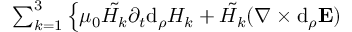
\begin{array} { r l } { \phantom { \; x x x x x x x x x x x x x x x x x x x x x x x x x x x x x x x } \sum _ { k = 1 } ^ { 3 } \left\{ \mu _ { 0 } \tilde { H _ { k } } \partial _ { t } \mathrm { d } _ { \rho } H _ { k } + \tilde { H _ { k } } ( \nabla \times \mathrm { d } _ { \rho } \mathbf { E } ) _ { k } \right\} } & { { } = 0 . } \end{array}